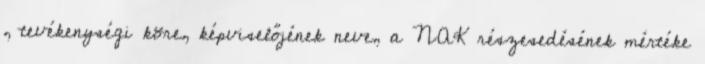
, tevékenységi köre, képviselőjének neve, a NAK részesedésének mértéke